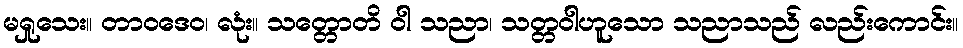
မရှုသေး။ တာဝဒေဝ၊ လုံး။ သတ္တောတိ ဝါ သညာ၊ သတ္တဝါဟူသော သညာသည် လည်းကောင်း။